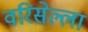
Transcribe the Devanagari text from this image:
वरिसेल्ला